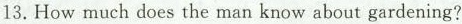
13.How much does the man know about gardening?